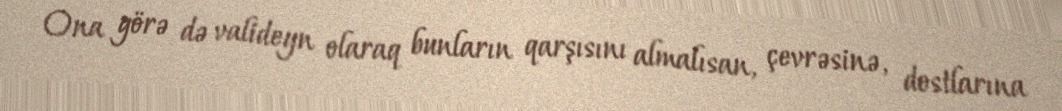
Ona görə də valideyn olaraq bunların qarşısını almalısan, çevrəsinə, dostlarına